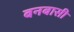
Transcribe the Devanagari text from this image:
बनबासी